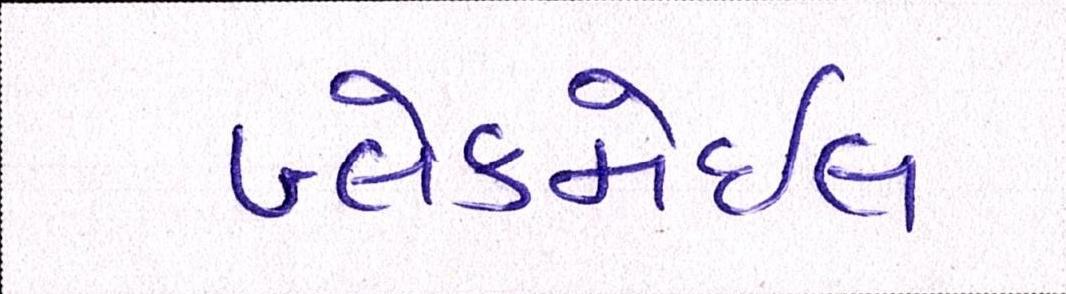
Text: બ્લેકમેઈલ